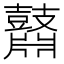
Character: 鼘